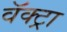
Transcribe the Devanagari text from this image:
वॅक्ट्रा